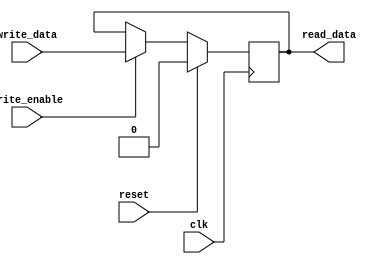
module previous_cs_rti #(parameter Width=1)(read_data, write_data,clk,write_enable,reset);

input clk,write_enable,reset;
input [Width-1:0] write_data;
output reg [Width-1:0]read_data;

reg [Width-1:0]reg_internal;

always @(negedge clk) begin
		if(reset)
		begin
			reg_internal = 'b0;
		end	
		else if(write_enable)
		begin
			reg_internal = write_data;
		end							
end

assign read_data=reg_internal;	

endmodule